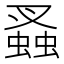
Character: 𧎮